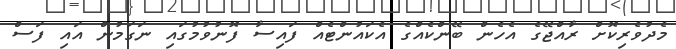
މެދުވެރިކޮށް ރާއްޖޭގެ އެހެން ބޭންކެއްގެ އެކައުންޓެއް ފައިސާ ފޮނުވުމުގައި ނަގަމުން އައި ފަސް